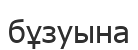
бұзуына